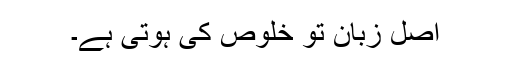
اصل زبان تو خلوص کی ہوتی ہے۔